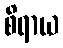
စိရာယ